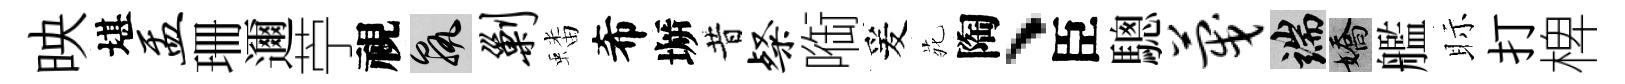
映堪盂珊邇苧視孰剿蟠希󶱲昔粲㗸爰𫟍陶、臣驄蔑端嬌艦眎打椑